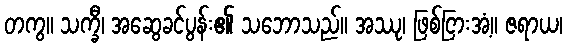
တကွ။ သက္ခီ၊ အဆွေခင်ပွန်း၏ သဘောသည်။ အဿု၊ ဖြစ်ငြားအံ့။ ဇရာယ၊